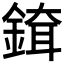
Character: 𨨹